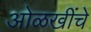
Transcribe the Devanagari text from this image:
ओळखींचे